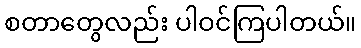
စတာတွေလည်း ပါဝင်ကြပါတယ်။